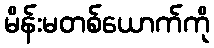
မိန်းမတစ်ယောက်ကို